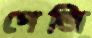
পেজি